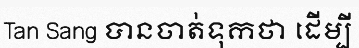
Tan Sang បានចាត់ទុកថា ដើម្បី